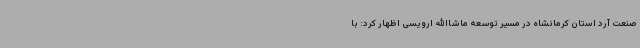
صنعت آرد استان کرمانشاه در مسیر توسعه ماشاالله ارویسی اظهار کرد: با